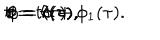
t = t ( \tau ) , \hspace { 0 . 3 c m } r = r ( \tau ) , \hspace { 0 . 3 c m } \theta = \theta ( \tau ) , \hspace { 0 . 3 c m } \phi = \sigma + \phi _ { 1 } ( \tau ) .